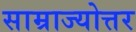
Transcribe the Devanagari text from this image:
साम्राज्योत्तर